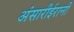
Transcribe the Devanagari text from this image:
अंसारीईरानी